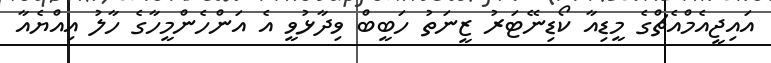
އައިޖީއެމްއެޗްގެ މީޑިއާ ކޯޑިނޭޓަރު ޒީނަތު ހަބީބް ވިދާޅުވީ އެ އަންހެންމީހާގެ ހާލު އިއްޔެއާ